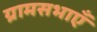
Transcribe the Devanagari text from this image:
ग्रामसभाएँ